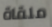
ملقاة